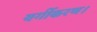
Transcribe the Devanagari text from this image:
वर्गीकरण।